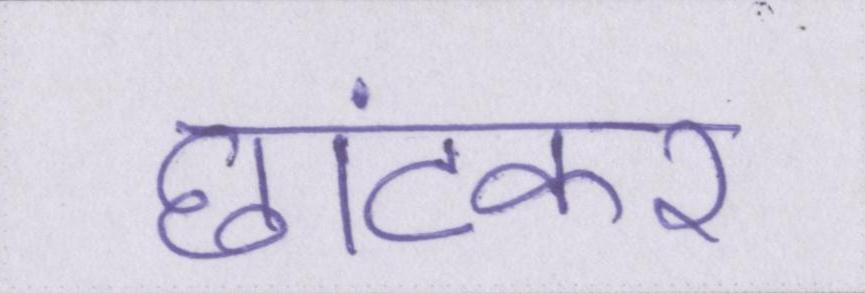
छांटकर